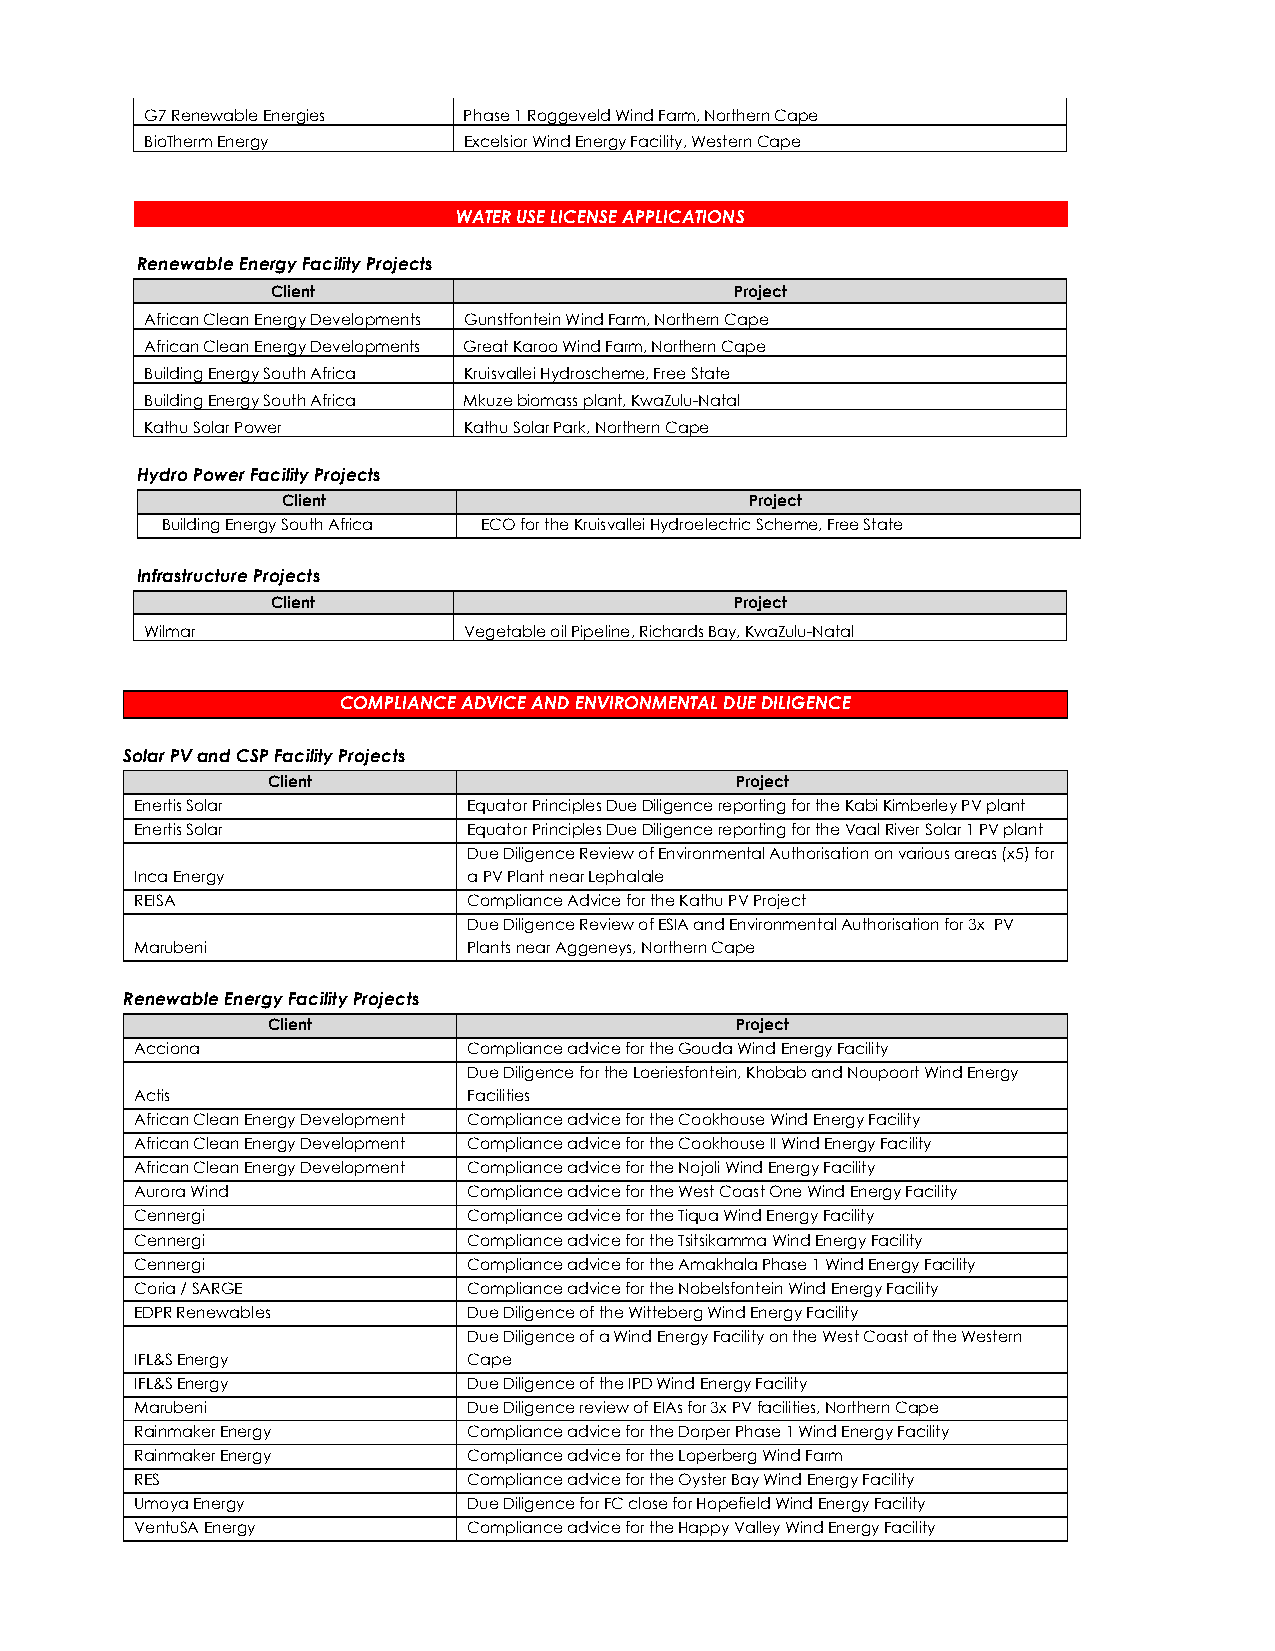
G7 Renewable Energies Phase 1 Roggeveld Wind Farm, Northern Cape
 BioTherm Energy      Excelsior Wind Energy Facility, Western Cape
 WATER USE LICENSE APPLICATIONS
 Renewable Energy Facility Projects
 Client                         Project
 African Clean Energy Developments Gunstfontein Wind Farm, Northern Cape
 African Clean Energy Developments Great Karoo Wind Farm, Northern Cape
 Building Energy South Africa Kruisvallei Hydroscheme, Free State
 Building Energy South Africa Mkuze biomass plant, KwaZulu-Natal
 Kathu Solar Power    Kathu Solar Park, Northern Cape
 Hydro Power Facility Projects
 Client                         Project
 Building Energy South Africa ECO for the Kruisvallei Hydroelectric Scheme, Free State
 Infrastructure Projects
 Client                         Project
 Wilmar               Vegetable oil Pipeline, Richards Bay, KwaZulu-Natal
 COMPLIANCE ADVICE AND ENVIRONMENTAL DUE DILIGENCE
 Solar PV and CSP Facility Projects
 Client                         Project
 Enertis Solar         Equator Principles Due Diligence reporting for the Kabi Kimberley PV plant
 Enertis Solar         Equator Principles Due Diligence reporting for the Vaal River Solar 1 PV plant
 Due Diligence Review of Environmental Authorisation on various areas (x5) for
 Inca Energy           a PV Plant near Lephalale
 REISA                 Compliance Advice for the Kathu PV Project
 Due Diligence Review of ESIA and Environmental Authorisation for 3x PV
 Marubeni              Plants near Aggeneys, Northern Cape
 Renewable Energy Facility Projects
 Client                         Project
 Acciona               Compliance advice for the Gouda Wind Energy Facility
 Due Diligence for the Loeriesfontein, Khobab and Noupoort Wind Energy
 Actis                 Facilities
 African Clean Energy Development Compliance advice for the Cookhouse Wind Energy Facility
 African Clean Energy Development Compliance advice for the Cookhouse II Wind Energy Facility
 African Clean Energy Development Compliance advice for the Nojoli Wind Energy Facility
 Aurora Wind           Compliance advice for the West Coast One Wind Energy Facility
 Cennergi              Compliance advice for the Tiqua Wind Energy Facility
 Cennergi              Compliance advice for the Tsitsikamma Wind Energy Facility
 Cennergi              Compliance advice for the Amakhala Phase 1 Wind Energy Facility
 Coria / SARGE         Compliance advice for the Nobelsfontein Wind Energy Facility
 EDPR Renewables       Due Diligence of the Witteberg Wind Energy Facility
 Due Diligence of a Wind Energy Facility on the West Coast of the Western
 IFL&S Energy          Cape
 IFL&S Energy          Due Diligence of the IPD Wind Energy Facility
 Marubeni              Due Diligence review of EIAs for 3x PV facilities, Northern Cape
 Rainmaker Energy      Compliance advice for the Dorper Phase 1 Wind Energy Facility
 Rainmaker Energy      Compliance advice for the Loperberg Wind Farm
 RES                   Compliance advice for the Oyster Bay Wind Energy Facility
 Umoya Energy          Due Diligence for FC close for Hopefield Wind Energy Facility
 VentuSA Energy        Compliance advice for the Happy Valley Wind Energy Facility